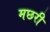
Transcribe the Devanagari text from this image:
मछरी